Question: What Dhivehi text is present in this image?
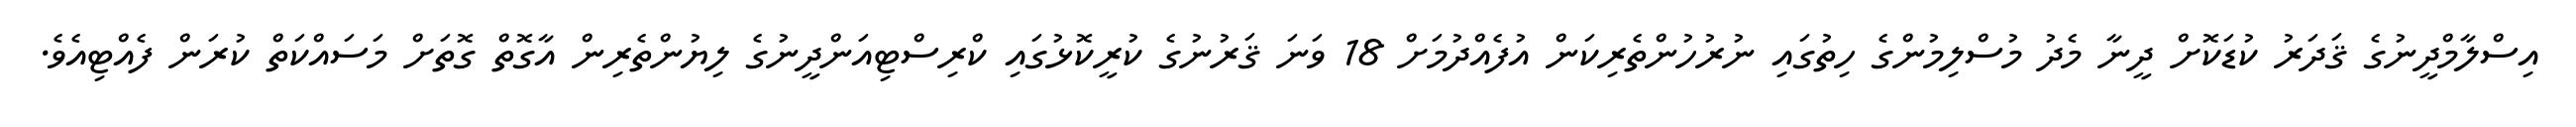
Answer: އިސްލާމްދީނުގެ ޤަދަރު ކުޑަކޮށް ދީނާ މެދު މުސްލިމުންގެ ހިތުގައި ނުރުހުންތެރިކަން އުފެއްދުމަށް 18 ވަނަ ޤަރުނުގެ ކުރީކޮޅުގައި ކްރިސްޓިއަންދީނުގެ ލިޔުންތެރިން އާގޮތް ގޮތަށް މަސައްކަތް ކުރަން ފެއްޓިއެވެ.